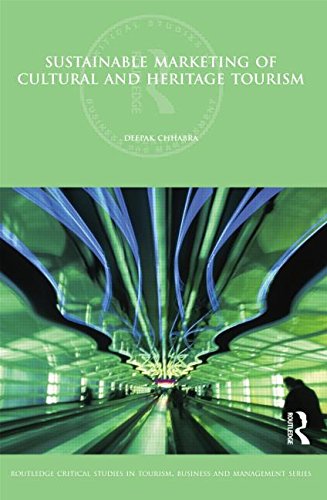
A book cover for Sustainable Marketing of Cultural and Heritage Tourism (Routledge Critical Studies in Tourism, Business and Management); Deepak Chhabra; Travel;